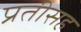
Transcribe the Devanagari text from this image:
प्रतीसह